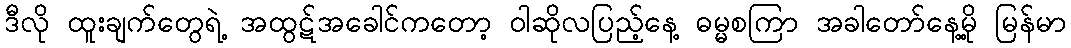
ဒီလို ထူးချက်တွေရဲ့ အထွဋ်အခေါင်ကတော့ ဝါဆိုလပြည့်နေ့ ဓမ္မစကြာ အခါတော်နေ့မို့ မြန်မာ